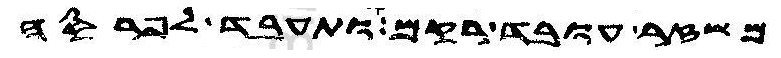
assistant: משזר עובד רקם ותעבד לפרסה